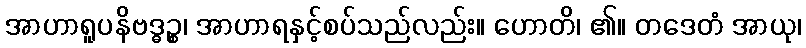
အာဟာရူပနိဗဒ္ဓဉ္စ၊ အာဟာရနှင့်စပ်သည်လည်း။ ဟောတိ၊ ၏။ တဒေတံ အာယု၊